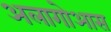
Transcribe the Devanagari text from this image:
अलागोआस